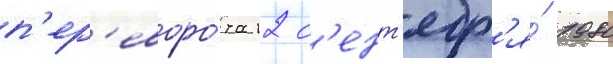
п'ер'еворо́та 12 с'ент'ябр'я́ 1980